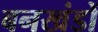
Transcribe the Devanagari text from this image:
बनखंडों